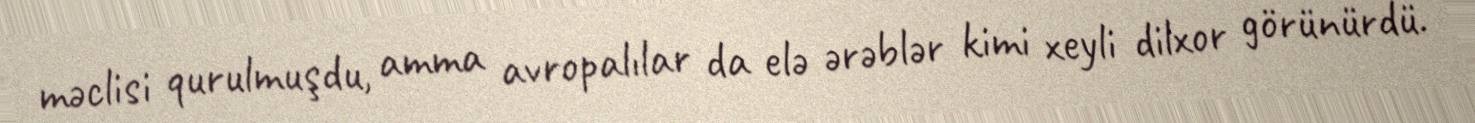
məclisi qurulmuşdu, amma avropalılar da elə ərəblər kimi xeyli dilxor görünürdü.